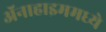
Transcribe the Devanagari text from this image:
ॲनाहाइममध्ये